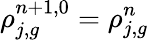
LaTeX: \rho_{j,g}^{n+1,0}=\rho_{j,g}^{n}